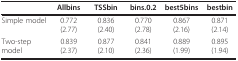
|  | Allbins | TSSbin | bins.0.2 | best5bins | bestbin |
 | --- | --- | --- | --- | --- | --- |
 | Simple model | 0.772 (2.77) | 0.836 (2.40) | 0.770 (2.78) | 0.867 (2.16) | 0.871 (2.14) |
 | Two-step model | 0.839 (2.37) | 0.877 (2.10) | 0.841 (2.36) | 0.889 (1.99) | 0.895 (1.94) |